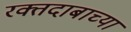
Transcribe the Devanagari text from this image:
रक्तदाबाच्या